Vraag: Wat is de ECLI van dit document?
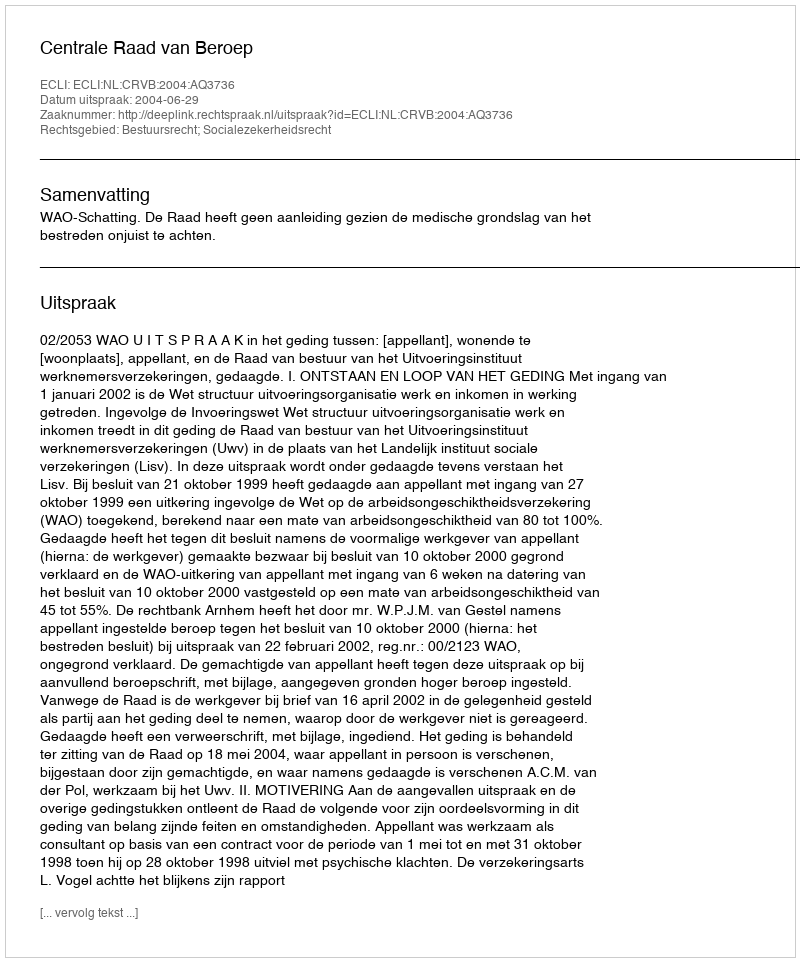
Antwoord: ECLI:NL:CRVB:2004:AQ3736